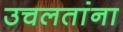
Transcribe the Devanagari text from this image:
उचलतांना